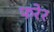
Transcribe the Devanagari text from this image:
फरेर